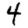
Digit: 4